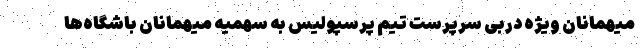
میهمانان ویژه دربی سرپرست تیم پرسپولیس به سهمیه میهمانان باشگاه‌ها